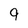
Character: g